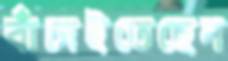
বাঁচাইতেছেন